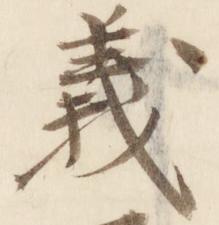
義